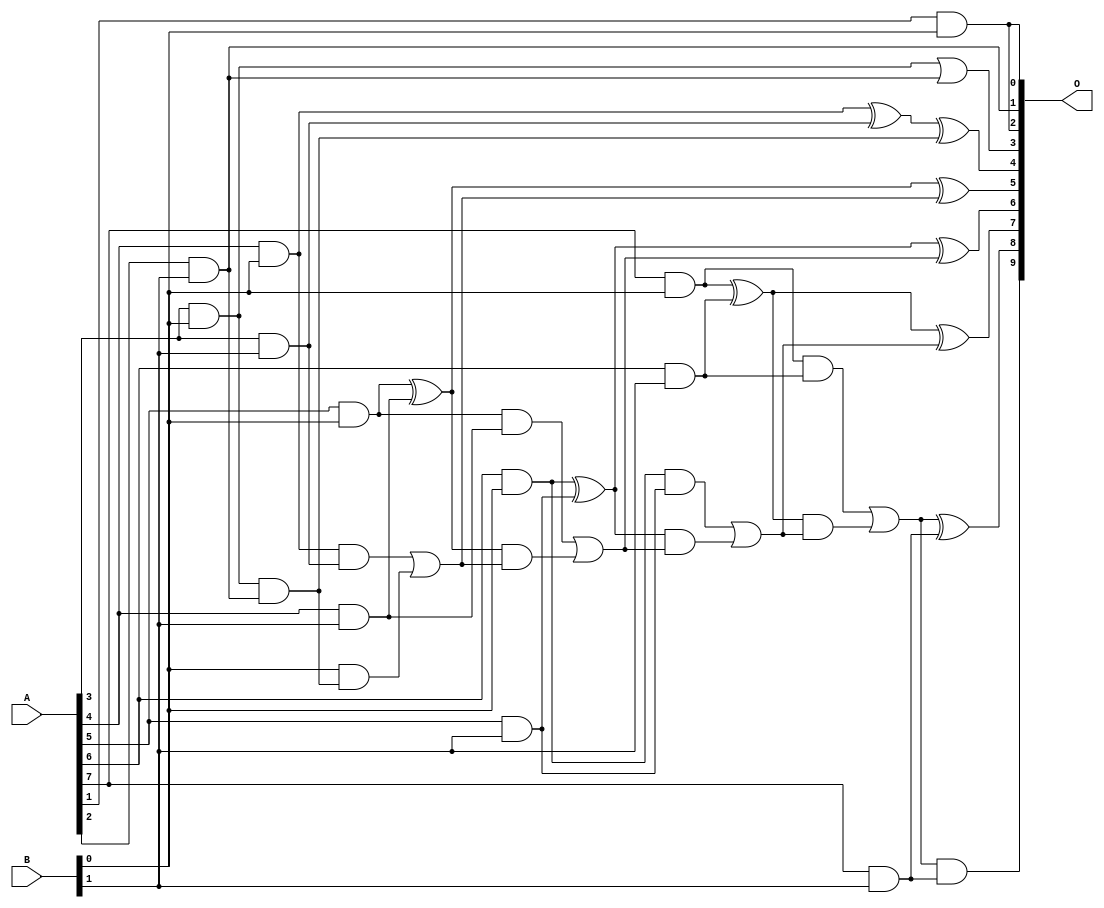
// This program was cloned from: https://github.com/ehw-fit/evoapproxlib
// License: MIT License

/***
* This code is a part of EvoApproxLib library (ehw.fit.vutbr.cz/approxlib) distributed under The MIT License.
* When used, please cite the following article(s): V. Mrazek, L. Sekanina, Z. Vasicek "Libraries of Approximate Circuits: Automated Design and Application in CNN Accelerators" IEEE Journal on Emerging and Selected Topics in Circuits and Systems, Vol 10, No 4, 2020 
* This file contains a circuit from a sub-set of pareto optimal circuits with respect to the pwr and mre parameters
***/
// MAE% = 0.19 %
// MAE = 1.9 
// WCE% = 0.59 %
// WCE = 6.0 
// WCRE% = 150.00 %
// EP% = 62.50 %
// MRE% = 3.58 %
// MSE = 7.5 
// PDK45_PWR = 0.023 mW
// PDK45_AREA = 85.9 um2
// PDK45_DELAY = 0.54 ns

module mul8x2u_0HB (
    A,
    B,
    O
);

input [7:0] A;
input [1:0] B;
output [9:0] O;

wire sig_13,sig_14,sig_15,sig_16,sig_17,sig_19,sig_20,sig_21,sig_22,sig_23,sig_24,sig_25,sig_26,sig_33,sig_34,sig_38,sig_39,sig_40,sig_41,sig_42;
wire sig_43,sig_44,sig_45,sig_46,sig_47,sig_48,sig_49,sig_50,sig_51,sig_52,sig_53,sig_54,sig_55,sig_56,sig_57,sig_58,sig_59;

assign sig_13 = A[3] & B[0];
assign sig_14 = A[4] & B[0];
assign sig_15 = A[5] & B[0];
assign sig_16 = A[6] & B[0];
assign sig_17 = A[7] & B[0];
assign sig_19 = A[1] & B[0];
assign sig_20 = A[2] & B[1];
assign sig_21 = A[3] & B[1];
assign sig_22 = A[4] & B[1];
assign sig_23 = A[5] & B[1];
assign sig_24 = A[6] & B[1];
assign sig_25 = A[7] & B[1];
assign sig_26 = A[2] & B[1];
assign sig_33 = sig_13 | sig_20;
assign sig_34 = sig_13 & sig_26;
assign sig_38 = sig_14 ^ sig_21;
assign sig_39 = sig_14 & sig_21;
assign sig_40 = B[0] & sig_34;
assign sig_41 = sig_38 ^ sig_34;
assign sig_42 = sig_39 | sig_40;
assign sig_43 = sig_15 ^ sig_22;
assign sig_44 = sig_15 & sig_22;
assign sig_45 = sig_43 & sig_42;
assign sig_46 = sig_43 ^ sig_42;
assign sig_47 = sig_44 | sig_45;
assign sig_48 = sig_16 ^ sig_23;
assign sig_49 = sig_16 & sig_23;
assign sig_50 = sig_48 & sig_47;
assign sig_51 = sig_48 ^ sig_47;
assign sig_52 = sig_49 | sig_50;
assign sig_53 = sig_17 ^ sig_24;
assign sig_54 = sig_17 & sig_24;
assign sig_55 = sig_53 & sig_52;
assign sig_56 = sig_53 ^ sig_52;
assign sig_57 = sig_54 | sig_55;
assign sig_58 = sig_57 & sig_25;
assign sig_59 = sig_57 ^ sig_25;

assign O[9] = sig_58;
assign O[8] = sig_59;
assign O[7] = sig_56;
assign O[6] = sig_51;
assign O[5] = sig_46;
assign O[4] = sig_41;
assign O[3] = sig_33;
assign O[2] = sig_19;
assign O[1] = sig_20;
assign O[0] = sig_19;

endmodule